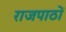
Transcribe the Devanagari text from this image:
राजपाठों